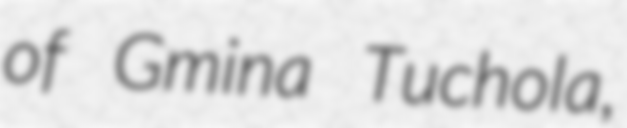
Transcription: of Gmina Tuchola,